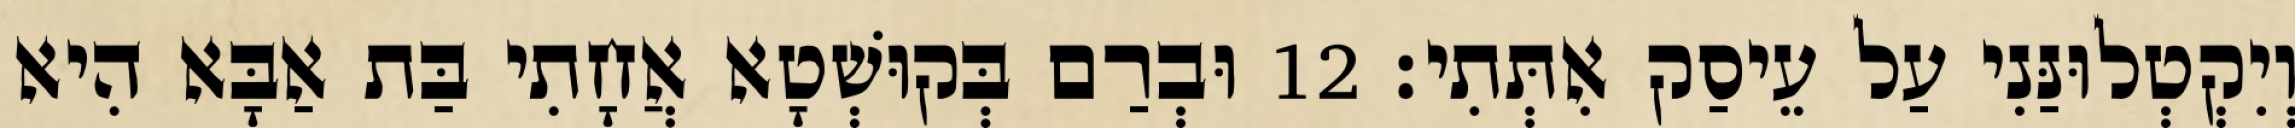
וְיִקְטְלוּנַּנִי עַל עֵיסַק אִתְּתִי׃ 12 וּבְרַם בְּקוּשְׁטָא אֲחָתִי בַּת אַבָּא הִיא